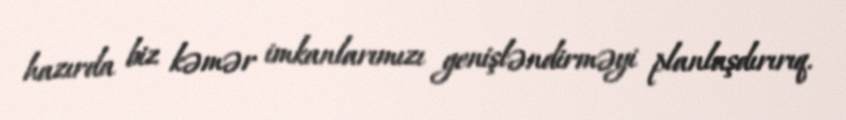
hazırda biz kəmər imkanlarımızı genişləndirməyi planlaşdırırıq.